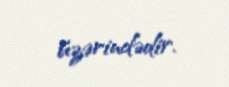
üzərindədir.